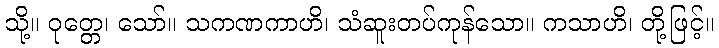
သို့။ ဝုတ္တေ၊ သော်။ သကဏကာဟိ၊ သံဆူးတပ်ကုန်သော။ ကသာဟိ၊ တို့ဖြင့်။